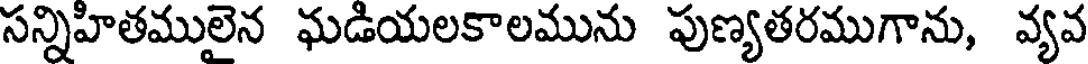
సన్నిహితములైన ఘడియలకాలమును పుణ్యతరముగాను, వ్యవ